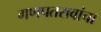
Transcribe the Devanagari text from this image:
गणपतरावांचा